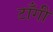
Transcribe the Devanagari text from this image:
टाँगी